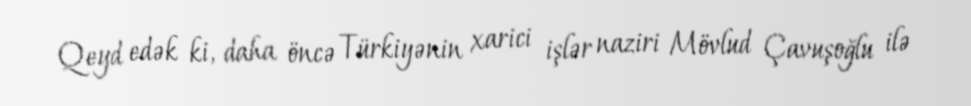
Qeyd edək ki, daha öncə Türkiyənin xarici işlər naziri Mövlud Çavuşoğlu ilə